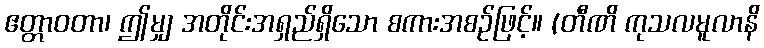
ဧတ္တာဝတာ၊ ဤမျှ အတိုင်းအရှည်ရှိသော စကားအစဉ်ဖြင့်။ (တီဏိ ကုသလမူလာနိ